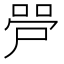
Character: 𫪠